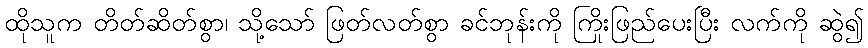
ထိုသူက တိတ်ဆိတ်စွာ၊ သို့သော် ဖြတ်လတ်စွာ ခင်ဘုန်းကို ကြိုးဖြည်ပေးပြီး လက်ကို ဆွဲ၍